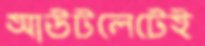
আউটলেটেই